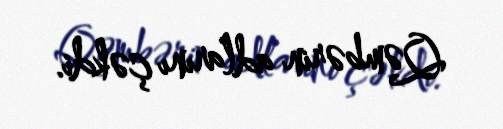
Qəmbərin adlarını çəkdi.